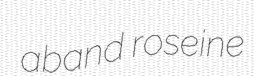
aband roseine